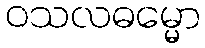
ဝသလဓမ္မော